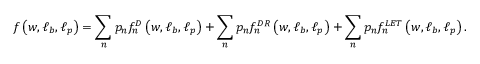
f \left( \boldsymbol { w } , \boldsymbol { \ell _ { b } } , \boldsymbol { \ell _ { p } } \right) = \sum _ { n } p _ { n } f _ { n } ^ { D } \left( \boldsymbol { w } , \boldsymbol { \ell _ { b } } , \boldsymbol { \ell _ { p } } \right) + \sum _ { n } p _ { n } f _ { n } ^ { D R } \left( \boldsymbol { w } , \boldsymbol { \ell _ { b } } , \boldsymbol { \ell _ { p } } \right) + \sum _ { n } p _ { n } f _ { n } ^ { L E T } \left( \boldsymbol { w } , \boldsymbol { \ell _ { b } } , \boldsymbol { \ell _ { p } } \right) .